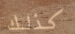
كذلك